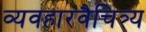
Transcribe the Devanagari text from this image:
व्यवहारवैचित्र्य